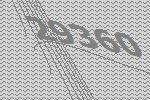
29360